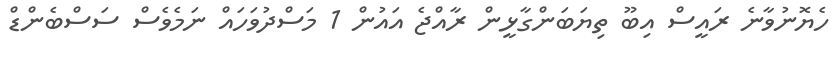
ހެޔޮނުވާނެ ރައީސް އިބޫ ތިޔަބަންގާޅީން ރާއްޖެ އައުން 1 މަސްދުވަހައް ނަމެވެސް ސަސްބެންޑް